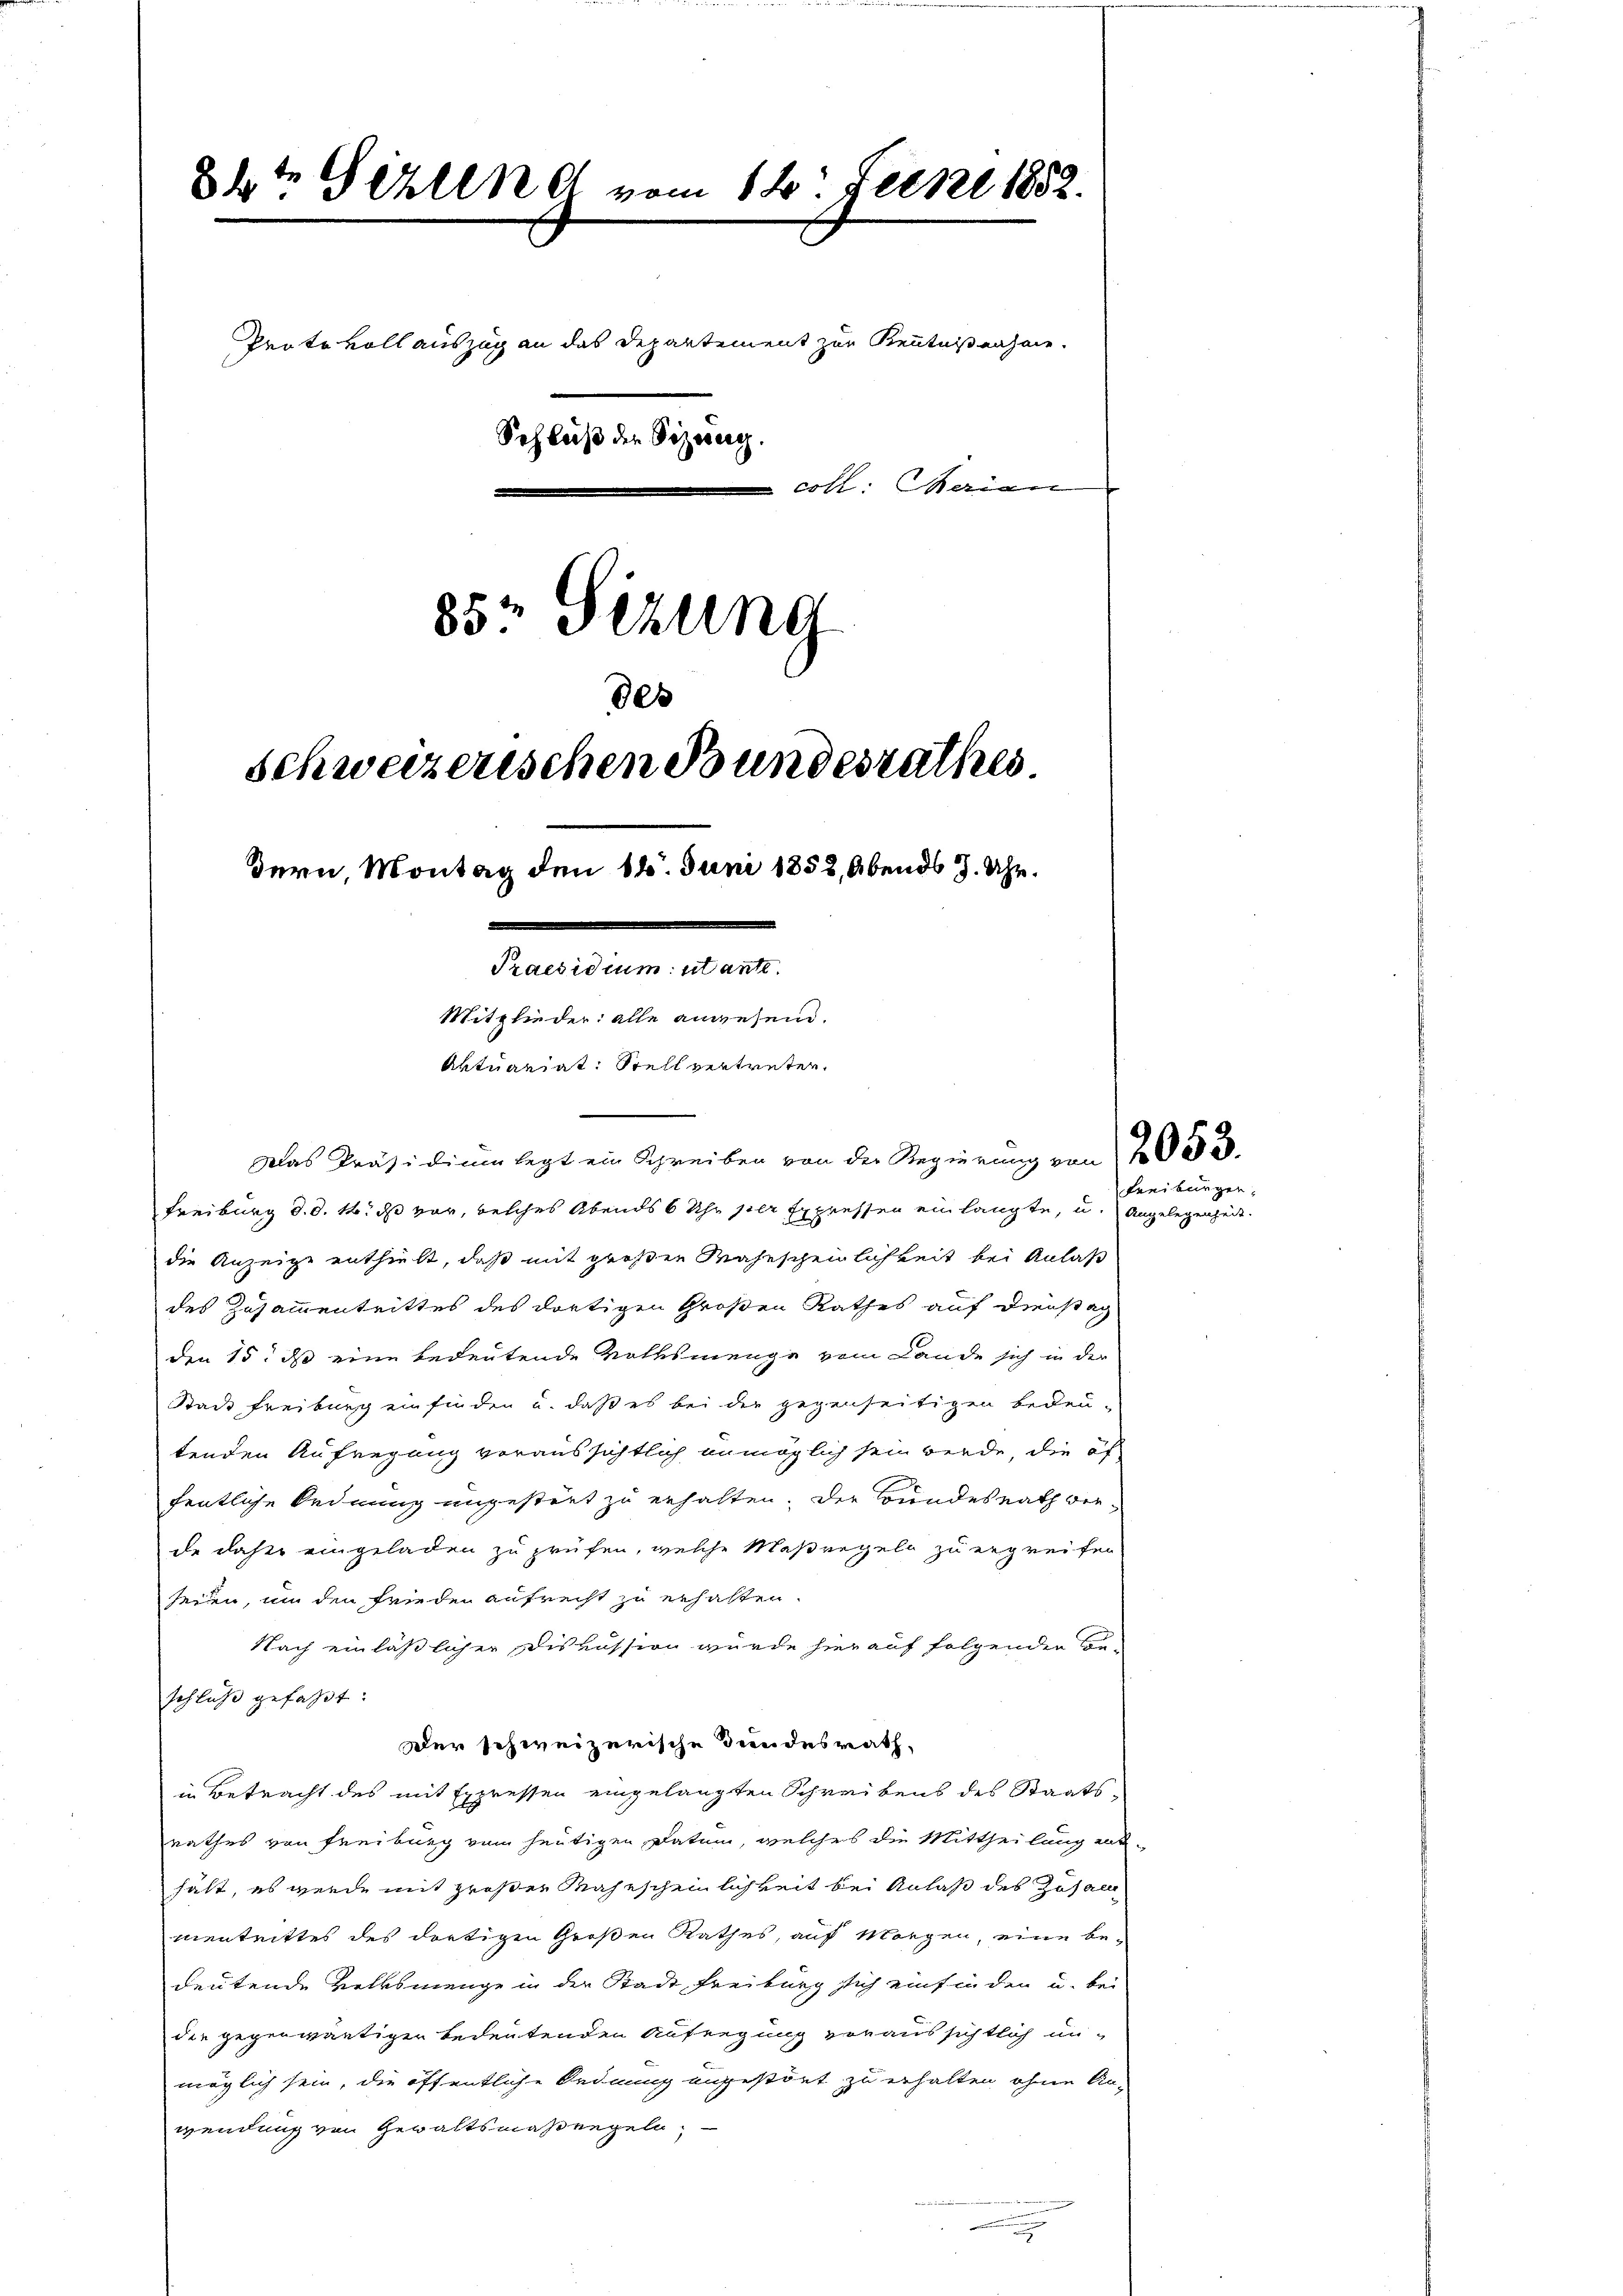
84t Gizlend vom 14. Jeckel 1882.
 coll. Maien
85 Sizung
de
Schweizerischen Bundesrathes
Bern, Montag den 14. Juni 1852, Abends J. Uhr.
Praesidium utante.
Mitglieder alle angesend.
Aktuariat. Stell vertreten.

Das Präsidium legt ein Schreiben von der Regierung von 12053.
Freiburg d. d. 14. ds vor, welches Abends 6 Uhr per Expressen ein langte, u. Angelegenheit.
die Anzeige enthielt, daß mit großen Wahnscheinlichkeit bei Anlaß
des Zusammentrittes des dortigen Großen Rathes auf Dienstag
den 15. ds eine bedeutende Rothsmenge vom Lande sich in der
Stadt Freiburg einfinden u. daß es bei der gegenseitigen Bedeu-
tenden Aufregung voraussichtlich unmöglich sein werde, die öf
fentliche Ordnung ungestört zu erhalten. Der Bundesrath verde daher eingeladen zu prüfen, welche Maßergeln zu ergreifen
seien, um den Frieden aufrecht zu erhalten.
Nach einläßlicher Diskussion wurde hierauf folgenden Be-
schluß gefaßt:
Der schweizerische Bundesrath,
in Betracht des mit Expressen eingelangten Schreibens des Staats-
rathes von Freiburg vom heutigen Datum, welches die Mittheilung ent-
hält, es wurde mit großer Wahrscheinlichkeit bei Anlaß des Johann
mentrittes des dortigen Großen Rathes, auf Morgen, eine be-
deutende Volksmenge in der Stadt Freiburg sich einfinden u. bei
der gegenwärtiger bedeutenden Aufregung voraussichtlich un-
möglich sein, die öffentliche Ordnung angestört zu erhalten ohne An-
wendung von Gewaltsmaßregeln. —

Protokoll auszug an das Departement zur Kenntnißenheit.
Schluß der Vizesen.

Freiburger,